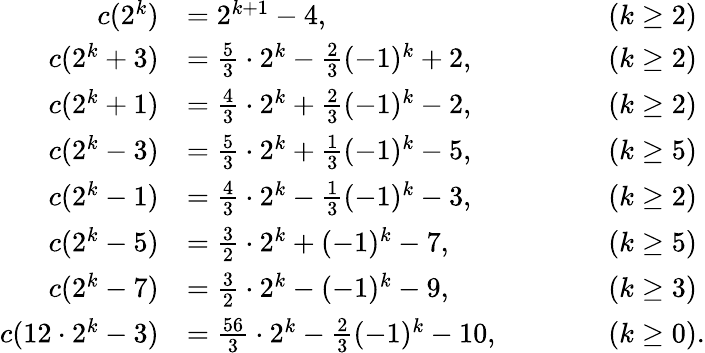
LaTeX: \begin{array}{rlrl}{c(2^{k})}&{=2^{k+1}-4,}&&{\quad\quad(k\geq 2)}\\ {c(2^{k}+3)}&{={\frac{5}{3}}\cdot 2^{k}-{\frac{2}{3}}(-1)^{k}+2,}&&{\quad\quad(k\geq 2)}\\ {c(2^{k}+1)}&{={\frac{4}{3}}\cdot 2^{k}+{\frac{2}{3}}(-1)^{k}-2,}&&{\quad\quad(k\geq 2)}\\ {c(2^{k}-3)}&{={\frac{5}{3}}\cdot 2^{k}+{\frac{1}{3}}(-1)^{k}-5,}&&{\quad\quad(k\geq 5)}\\ {c(2^{k}-1)}&{={\frac{4}{3}}\cdot 2^{k}-{\frac{1}{3}}(-1)^{k}-3,}&&{\quad\quad(k\geq 2)}\\ {c(2^{k}-5)}&{={\frac{3}{2}}\cdot 2^{k}+(-1)^{k}-7,}&&{\quad\quad(k\geq 5)}\\ {c(2^{k}-7)}&{={\frac{3}{2}}\cdot 2^{k}-(-1)^{k}-9,}&&{\quad\quad(k\geq 3)}\\ {c(12\cdot 2^{k}-3)}&{={\frac{56}{3}}\cdot 2^{k}-{\frac{2}{3}}(-1)^{k}-10,}&&{\quad\quad(k\geq 0).}\end{array}